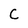
Character: C